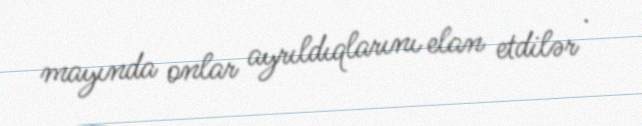
mayında onlar ayrıldıqlarını elan etdilər .